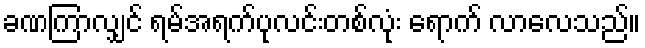
ခဏကြာလျှင် ရမ်အရက်ပုလင်းတစ်လုံး ရောက် လာလေသည်။